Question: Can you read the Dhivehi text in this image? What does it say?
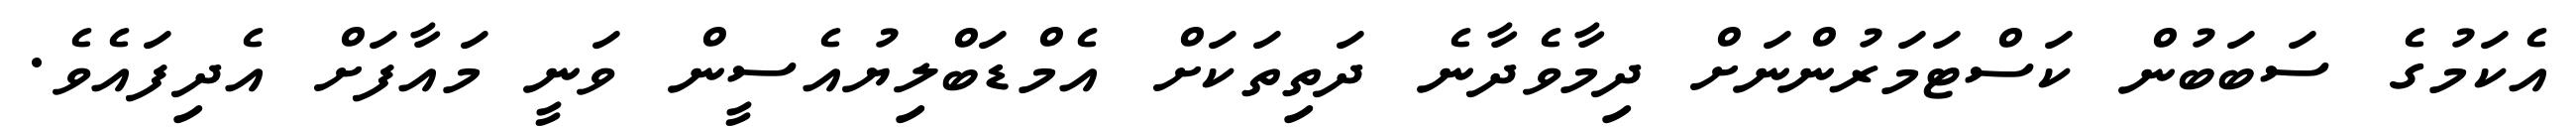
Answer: އެކަމުގެ ސަބަބުން ކަސްޓަމަރުންނަށް ދިމާވެދާނެ ދަތިތަކަށް އެމްޑަބްލިޔުއެސީން ވަނީ މައާފަށް އެދިފައެވެ.